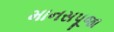
માનસપૂજા